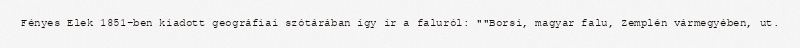
Fényes Elek 1851-ben kiadott geográfiai szótárában így ír a faluról: ""Borsi, magyar falu, Zemplén vármegyében, ut.